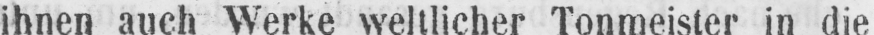
ihnen auch Werke weltlicher Tonmeister in die